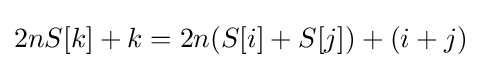
2nS[k]+k=2n(S[i]+S[j])+(i+j)